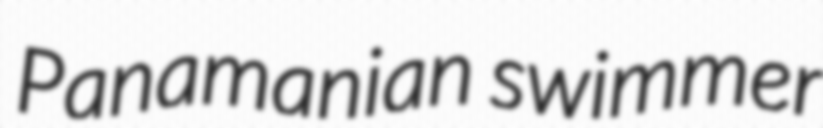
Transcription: Panamanian swimmer